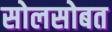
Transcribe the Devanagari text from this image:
सोलसोबत